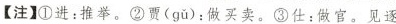
[注】①进：推举。②贾( gu )：做买卖。③仕：做官。见逐